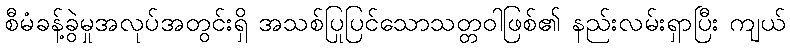
စီမံခန့်ခွဲမှုအလုပ်အတွင်းရှိ အသစ်ပြုပြင်သောသတ္တဝါဖြစ်၏ နည်းလမ်းရှာပြီး ကျယ်